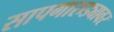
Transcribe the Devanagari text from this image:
सापगारुड्यावर